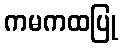
ကမကထပြု